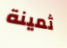
ثمينة